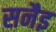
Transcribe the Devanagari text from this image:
सनैइ